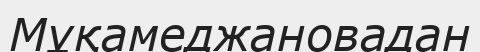
Мұқамеджановадан